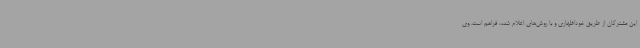
این مشترکان از طریق خوداظهاری و با روش‌های اعلام شده، فراهم است. وی